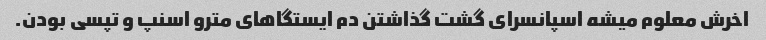
اخرش معلوم میشه اسپانسرای گشت گذاشتن دم ایستگاهای مترو اسنپ و تپسی بودن.